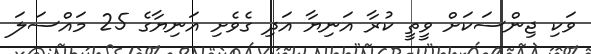
ވަކި ޖިންސަކަށް ވީތީ ކުރާ އަނިޔާ އަދި ގެވެށި އަނިޔާގެ 25 މައްސަލަ